Vaccine operations Central Provinces 1886-1899 - 1886-1899
Year: 1886
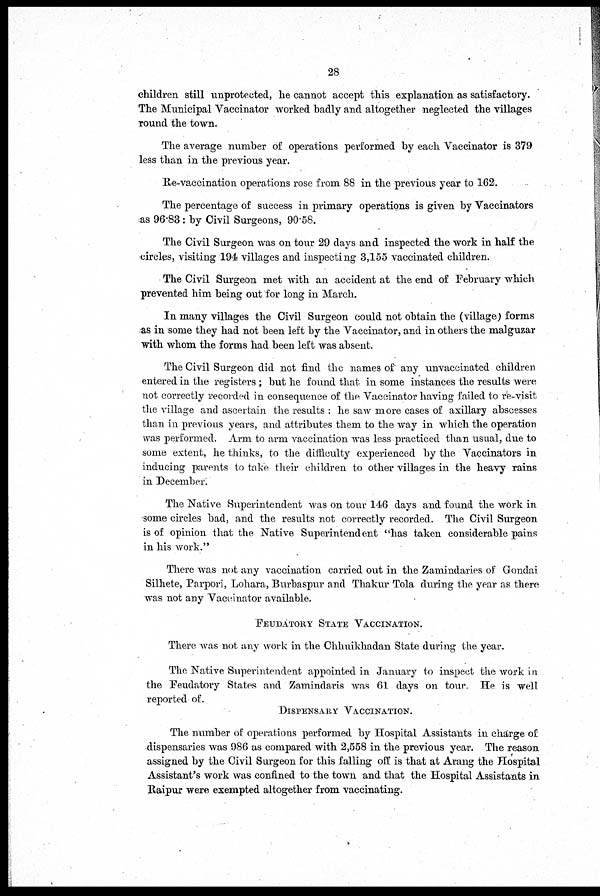
28
children still unprotected, he cannot accept this explanation as satisfactory.
The Municipal Vaccinator worked badly and altogether neglected the villages
round the town.
The average number of operations performed by each Vaccinator is 379
less than in the previous year.
Re-vaccination operations rose from 88 in the previous year to 162.
The percentage of success in primary operations is given by Vaccinators
as 96.83: by Civil Surgeons, 90.58.
The Civil Surgeon was on tour 29 days and inspected the work in half the
circles, visiting 194 villages and inspecting 3,155 vaccinated children.
The Civil Surgeon met with an accident at the end of February which
prevented him being out for long in March.
In many villages the Civil Surgeon could not obtain the (village) forms
as in some they had not been left by the Vaccinator, and in others the malguzar
with whom the forms had been left was absent.
The Civil Surgeon did not find the names of any unvaccinated children
entered in the registers ; but he found that in some instances the results were
not correctly recorded in consequence of the Vaccinator having failed to re-visit
the village and ascertain the results : he saw more cases of axillary abscesses
than in previous years, and attributes them to the way in which the operation
was performed. Arm to arm vaccination was less practiced than usual, due to
some extent, he thinks, to the difficulty experienced by the Vaccinators in
inducing parents to take their children to other villages in the heavy rains
in December.
The Native Superintendent was on tour 146 days and found the work in
some circles bad, and the results not correctly recorded. The Civil Surgeon
is of opinion that the Native Superintendent "has taken considerable pains
in his work."
There was not any vaccination carried out in the Zamindaries of Gondai
Silhete, Parpori, Lohara, Burbaspur and Thakur Tola during the year as there
was not any Vaccinator available.
FEUDATORY STATE VACCINATION.
There was not any work in the Chhuikhadan State during the year.
The Native Superintendent appointed in January to inspect the work in
the Feudatory States and Zamindaris was 61 days on tour. He is well
reported of.
DISPENSARY VACCINATION.
The number of operations performed by Hospital Assistants in charge of
dispensaries was 986 as compared with 2,558 in the previous year. The reason
assigned by the Civil Surgeon for this falling off is that at Arang the Hospital
Assistant's work was confined to the town and that the Hospital Assistants in
Raipur were exempted altogether from vaccinating.